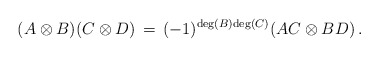
\begin{align*}(A \otimes B)(C \otimes D)\,=\,(-1)^{{\rm deg}(B){\rm deg}(C)}(AC \otimes BD)\,.\end{align*}